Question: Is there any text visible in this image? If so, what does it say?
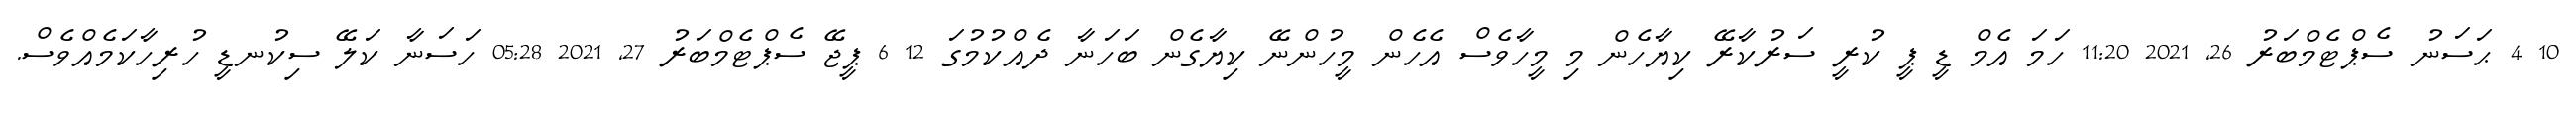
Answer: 10 4 ޙަސަނު ސެޕްޓެމްބަރު 26, 2021 11:20 ހަމަ އެމް ޑީ ޕީ ކުރީ ސަރުކާރޭ ކިޔާހެން މި މީހާވެސް އެހެން މީހުންނޭ ކިޔާގެން ބަހަނާ ދެއްކުމުގަ 12 6 ޕީޖޭ ސެޕްޓެމްބަރު 27, 2021 05:28 ހަސަނާ ކަލޭ ސިކުނޑީ ހުރިހާކަމެއްވެސް.